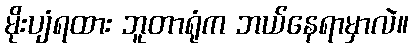
မိုးပျံရထား ဘူတာရုံက ဘယ်နေရာမှာလဲ။